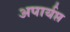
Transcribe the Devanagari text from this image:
अपार्यप्त